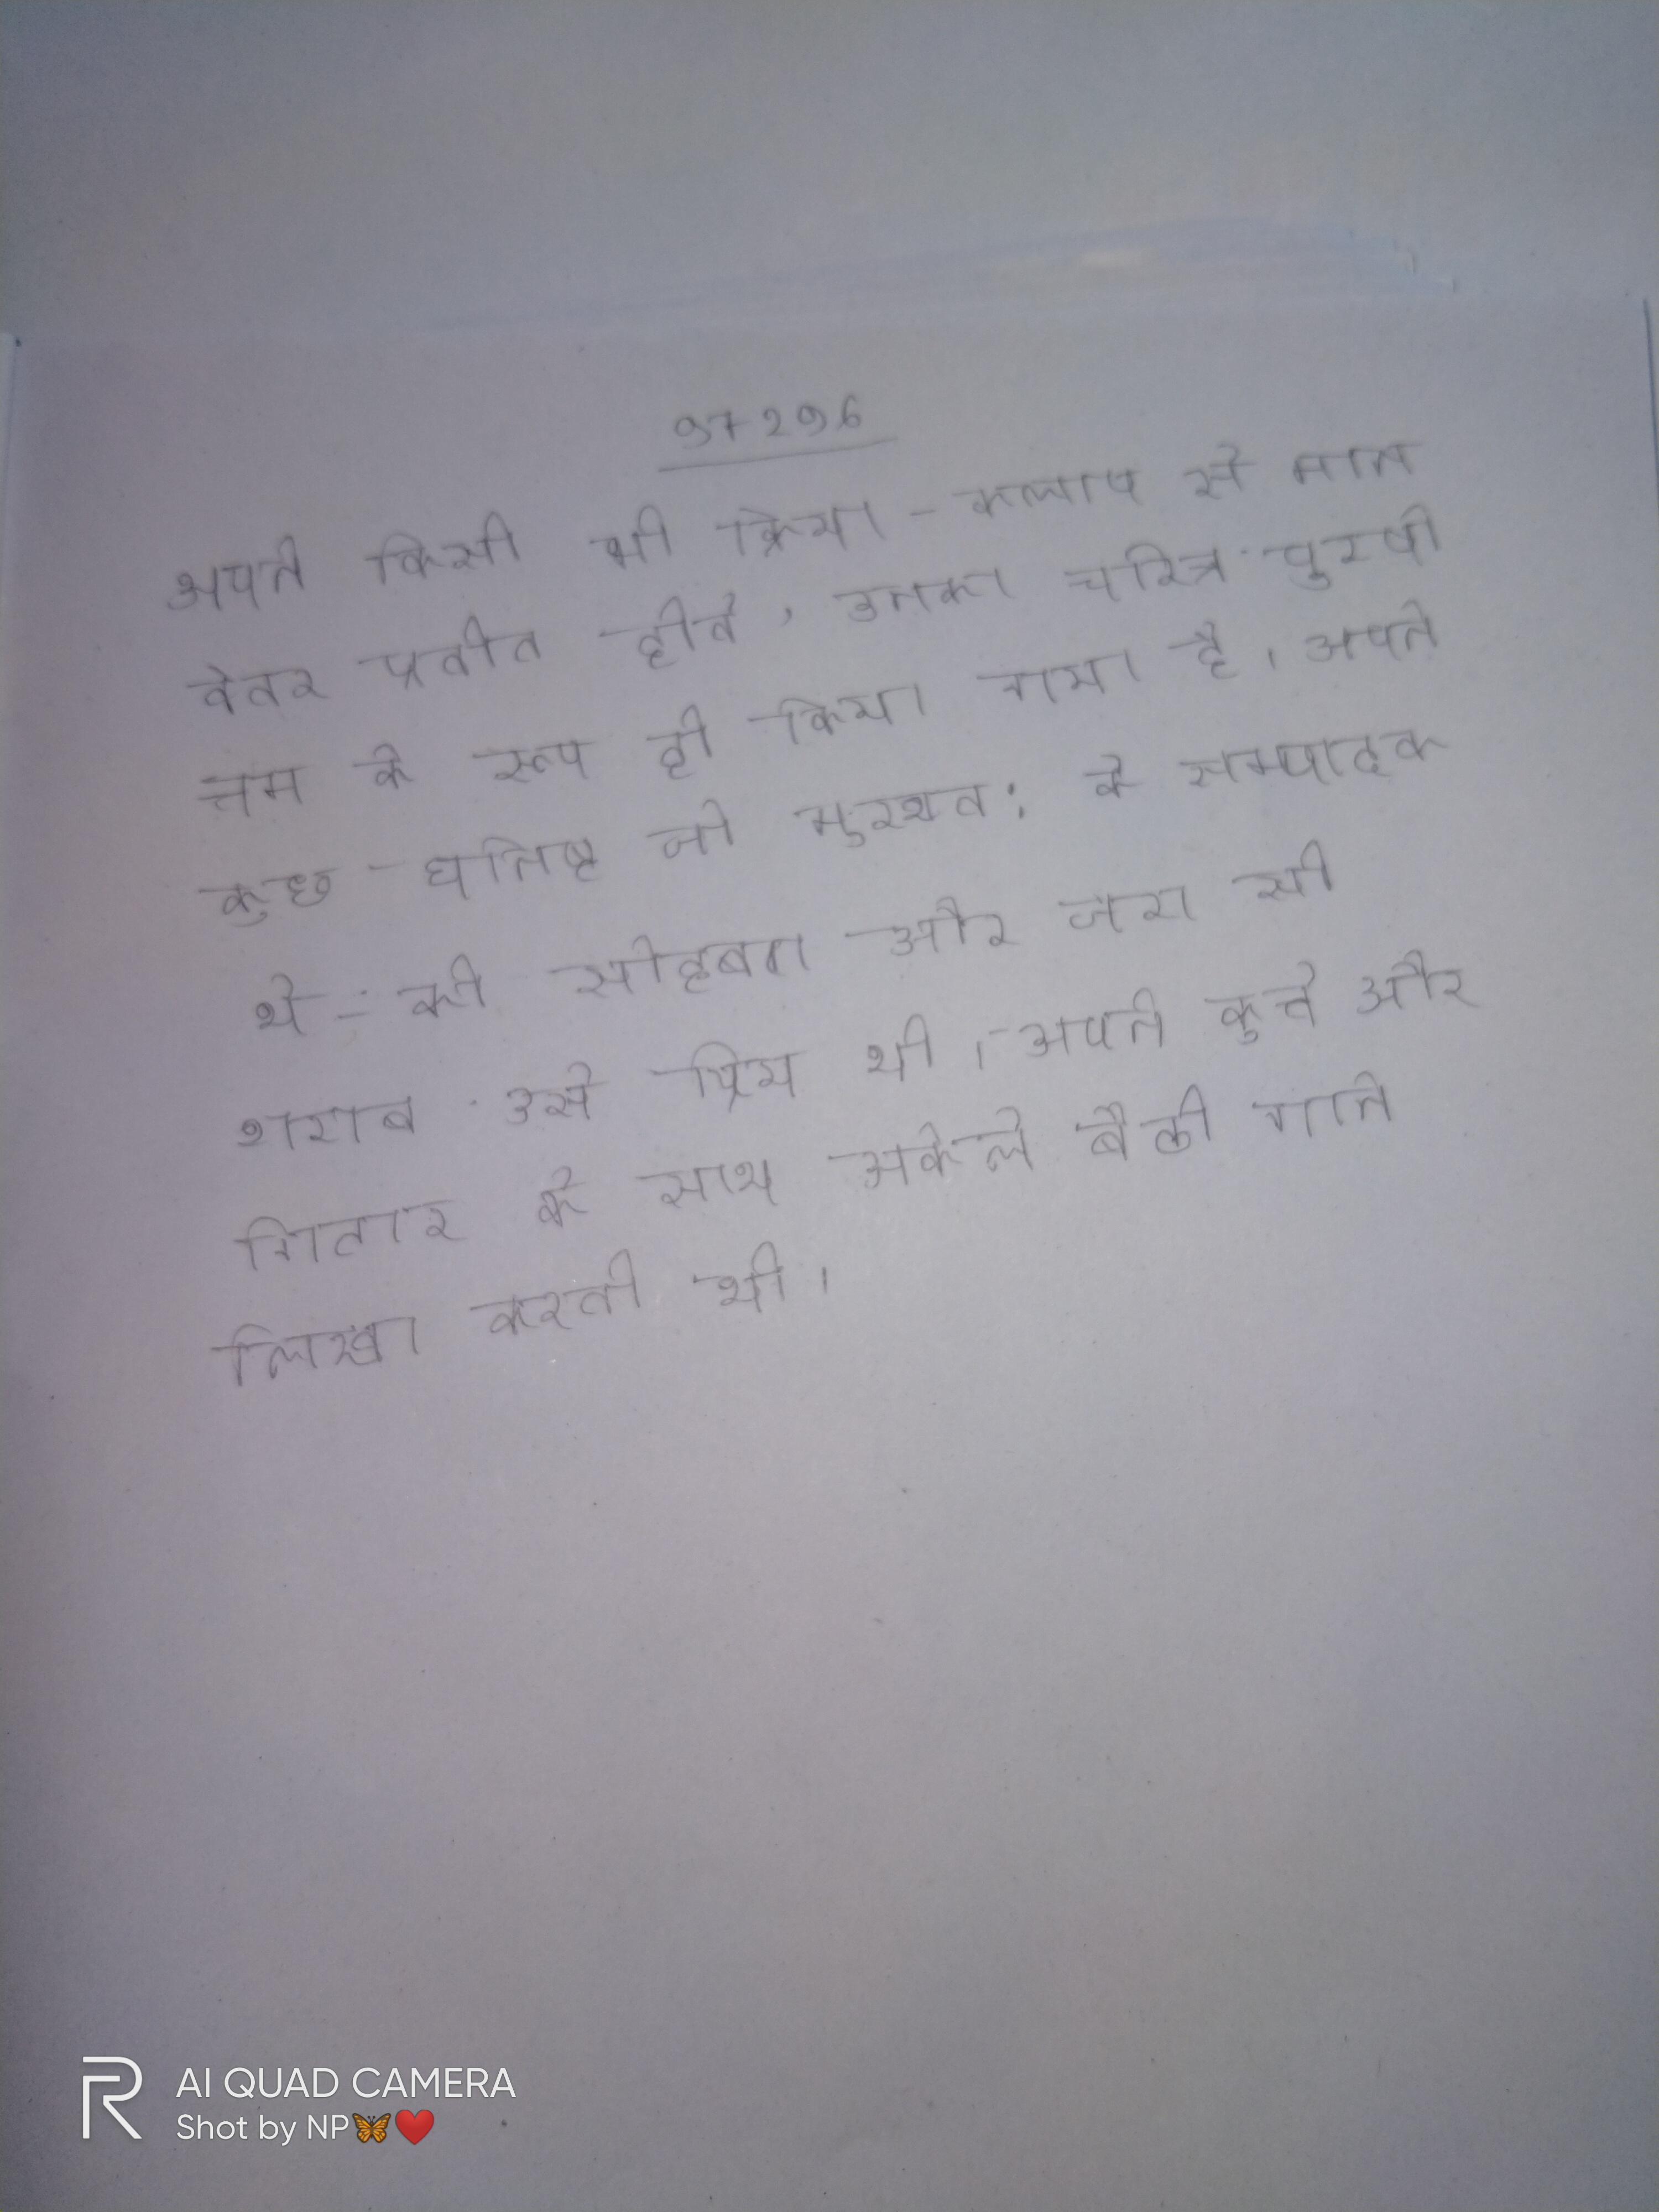
अपने किसी भी क्रिया-कलाप से मानवेतर प्रतीत होते, उनका चरित्र पुरषोत्तम के रूप ही किया गया है । अपने कुछ घनिष्ट जो मुख्यत: के सम्पादक थे- की सोहबत और जरा सी शराब उसे प्रिय थी । अपने कुत्ते और गिटार के साथ अकेले बैठी गाने लिखा करती थी ।